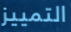
التمييز